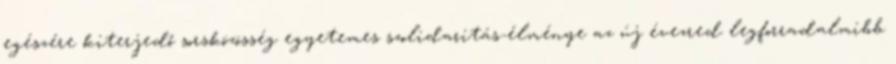
egészére kiterjedő sorsközösség egyetemes szolidaritás-élménye az új évezred legforradalmibb